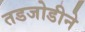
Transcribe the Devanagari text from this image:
तडजोडीने